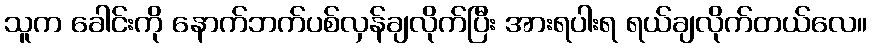
သူက ခေါင်းကို နောက်ဘက်ပစ်လှန်ချလိုက်ပြီး အားရပါးရ ရယ်ချလိုက်တယ်လေ။